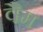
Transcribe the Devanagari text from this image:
वैम